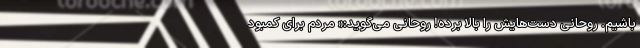
باشیم. روحانی دست‌هایش را بالا برده! روحانی می‌گوید:« مردم برای کمبود